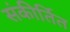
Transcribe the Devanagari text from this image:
संकीर्तित